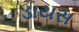
ડાયસ